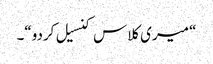
“ میری کلاس کنسیل کردو“۔